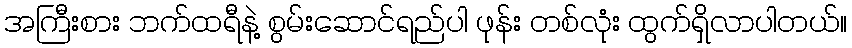
အကြီးစား ဘက်ထရီနဲ့ စွမ်းဆောင်ရည်ပါ ဖုန်း တစ်လုံး ထွက်ရှိလာပါတယ်။